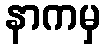
နာကမှ